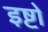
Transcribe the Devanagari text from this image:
इष्टो